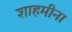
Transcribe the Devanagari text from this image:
शाहमीना